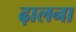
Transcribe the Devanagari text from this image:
ढ़ालना